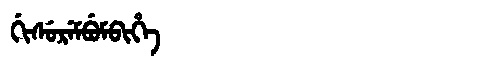
Manchu: ᡤᡳᠰᡠᡵᡝᠮᠪᡠᠮᠪᡳᡥᡝ
Romanization: GISUREMBUMBIHE